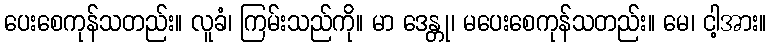
ပေးစေကုန်သတည်း။ လူခံ၊ ကြမ်းသည်ကို။ မာ ဒေန္တု၊ မပေးစေကုန်သတည်း။ မေ၊ ငါ့အား။